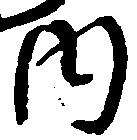
内